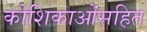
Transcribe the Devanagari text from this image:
कोशिकाओंसहित